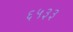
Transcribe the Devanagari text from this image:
६५३३